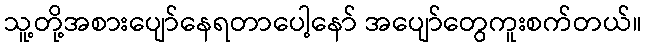
သူ့တို့အစားပျော်နေရတာပေါ့နော် အပျော်တွေကူးစက်တယ်။